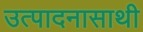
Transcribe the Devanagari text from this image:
उत्पादनासाथी